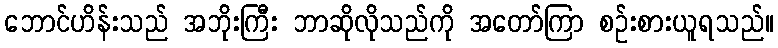
ဘောင်ဟိန်းသည် အဘိုးကြီး ဘာဆိုလိုသည်ကို အတော်ကြာ စဉ်းစားယူရသည်။